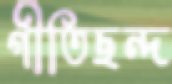
গীতিছন্দ